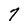
Character: 7